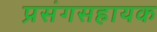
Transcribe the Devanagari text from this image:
प्रसंगसहायक